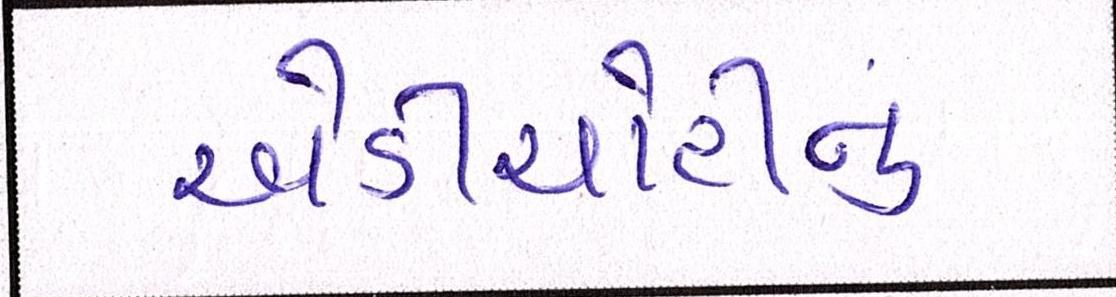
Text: એડીચોટીનું